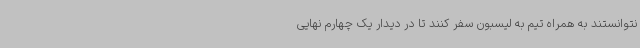
نتوانستند به همراه تیم به لیسبون سفر کنند تا در دیدار یک چهارم نهایی